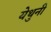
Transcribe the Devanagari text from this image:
येथुनी